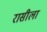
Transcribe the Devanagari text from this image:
रासीला